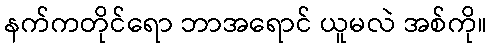
နက်ကတိုင်ရော ဘာအရောင် ယူမလဲ အစ်ကို။